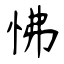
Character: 怫